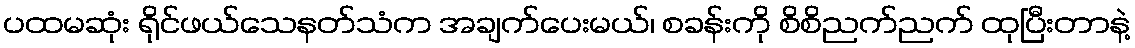
ပထမဆုံး ရိုင်ဖယ်သေနတ်သံက အချက်ပေးမယ်၊ စခန်းကို စိစိညက်ညက် ထုပြီးတာနဲ့